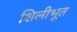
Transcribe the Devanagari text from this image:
शिलीभूत